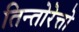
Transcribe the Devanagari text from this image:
तिन्तोरेत्तो